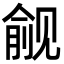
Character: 觎